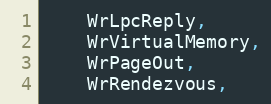
Language: C
	WrLpcReply,
	WrVirtualMemory,
	WrPageOut,
	WrRendezvous,